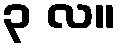
၃ လ။